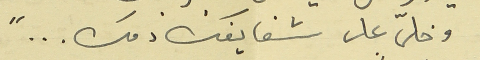
وخلّى على شفايفك دمك ... "